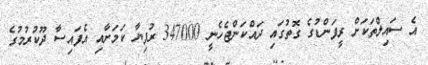
އެ ސައިލްތަކަށް ރީފަންޑުގެ ގޮތުގައި ދައްކަންޖެހެނީ 347000 ރުފިޔާ ކަމަށާއި އެފައިސާ ދޫކުރުމުގެ